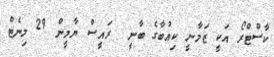
ކާސްޓްރޯ އަކީ ޒަމާނީ ކިއުބާގެ ބާނީ  ރައީސް ޔާމީން 29 މިނެޓް